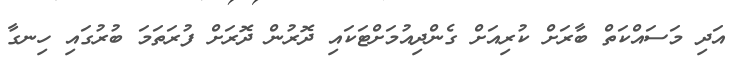
އަދި މަސައްކަތް ބާރަށް ކުރިއަށް ގެންދިއުމަށްޓަކައި ދޮރުން ދޮރަށް ފުރަތަމަ ބުރުގައި ހިނގާ